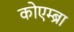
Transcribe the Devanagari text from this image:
कोएम्ब्रा